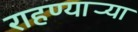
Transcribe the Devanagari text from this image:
राहण्यार्‍या